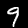
Label: 9